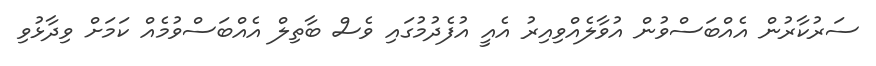
ސަރުކާރުން އެއްބަސްވުން އުވާލެއްވިއިރު އެއީ އުފެދުމުގައި ވެސް ބާތިލް އެއްބަސްވުމެއް ކަމަށް ވިދާޅުވި